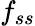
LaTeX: f_{ss}